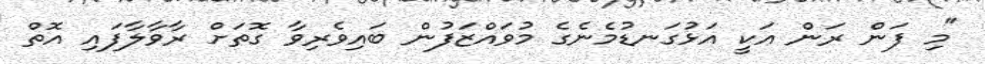
"މި ފަން ރަން އަކީ އަޅުގަނޑުމެނެގެ މުވައްޒަފުން ބައިވެރިވާ ގޮތަށް ރާވާލާފައި އޮތް